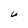
Character: U